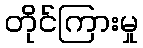
တိုင်ကြားမှု